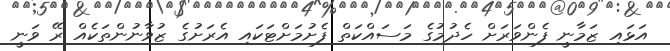
އަޅައި ޒަމާނީ ފެންވަރަށް ހެދުމުގެ މަސައްކަތް ފެށުމަށްޓަކައި އެރަށުގެ ޒުވާނުންތަކެއް ރޭ ވަނީ